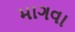
માગવા